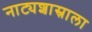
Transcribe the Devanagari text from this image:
नाट्यशास्राला